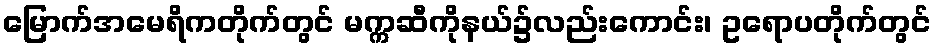
မြောက်အမေရိကတိုက်တွင် မက္ကဆီကိုနယ်၌လည်းကောင်း၊ ဥရောပတိုက်တွင်